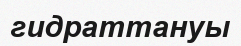
гидраттануы